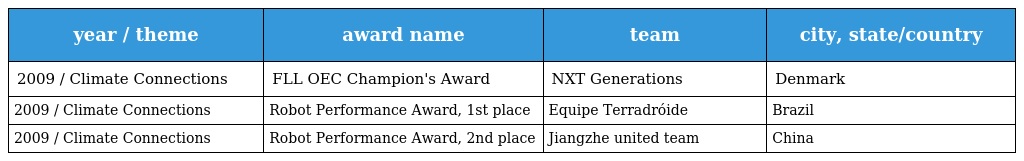
| year / theme | award name | team | city, state/country |
 | --- | --- | --- | --- |
 | 2009 / Climate Connections | FLL OEC Champion's Award | NXT Generations | Denmark |
 | 2009 / Climate Connections | Robot Performance Award, 1st place | Equipe Terradróide | Brazil |
 | 2009 / Climate Connections | Robot Performance Award, 2nd place | Jiangzhe united team | China |